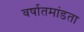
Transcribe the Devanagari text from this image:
वर्षातमांडता